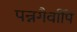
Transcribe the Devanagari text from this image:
पन्नगैर्वापि